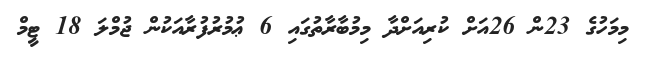
މިމަހުގެ 23ން 26އަށް ކުރިއަށްދާ މިމުބާރާތުގައި 6 ޢުމުރުފުރާއަކުން ޖުމްލަ 18 ޓީމް